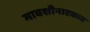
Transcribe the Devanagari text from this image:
मावशीनाटकात